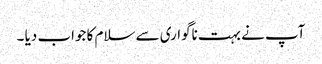
آپ نے بہت ناگواری سے سلام کا جواب دیا ۔